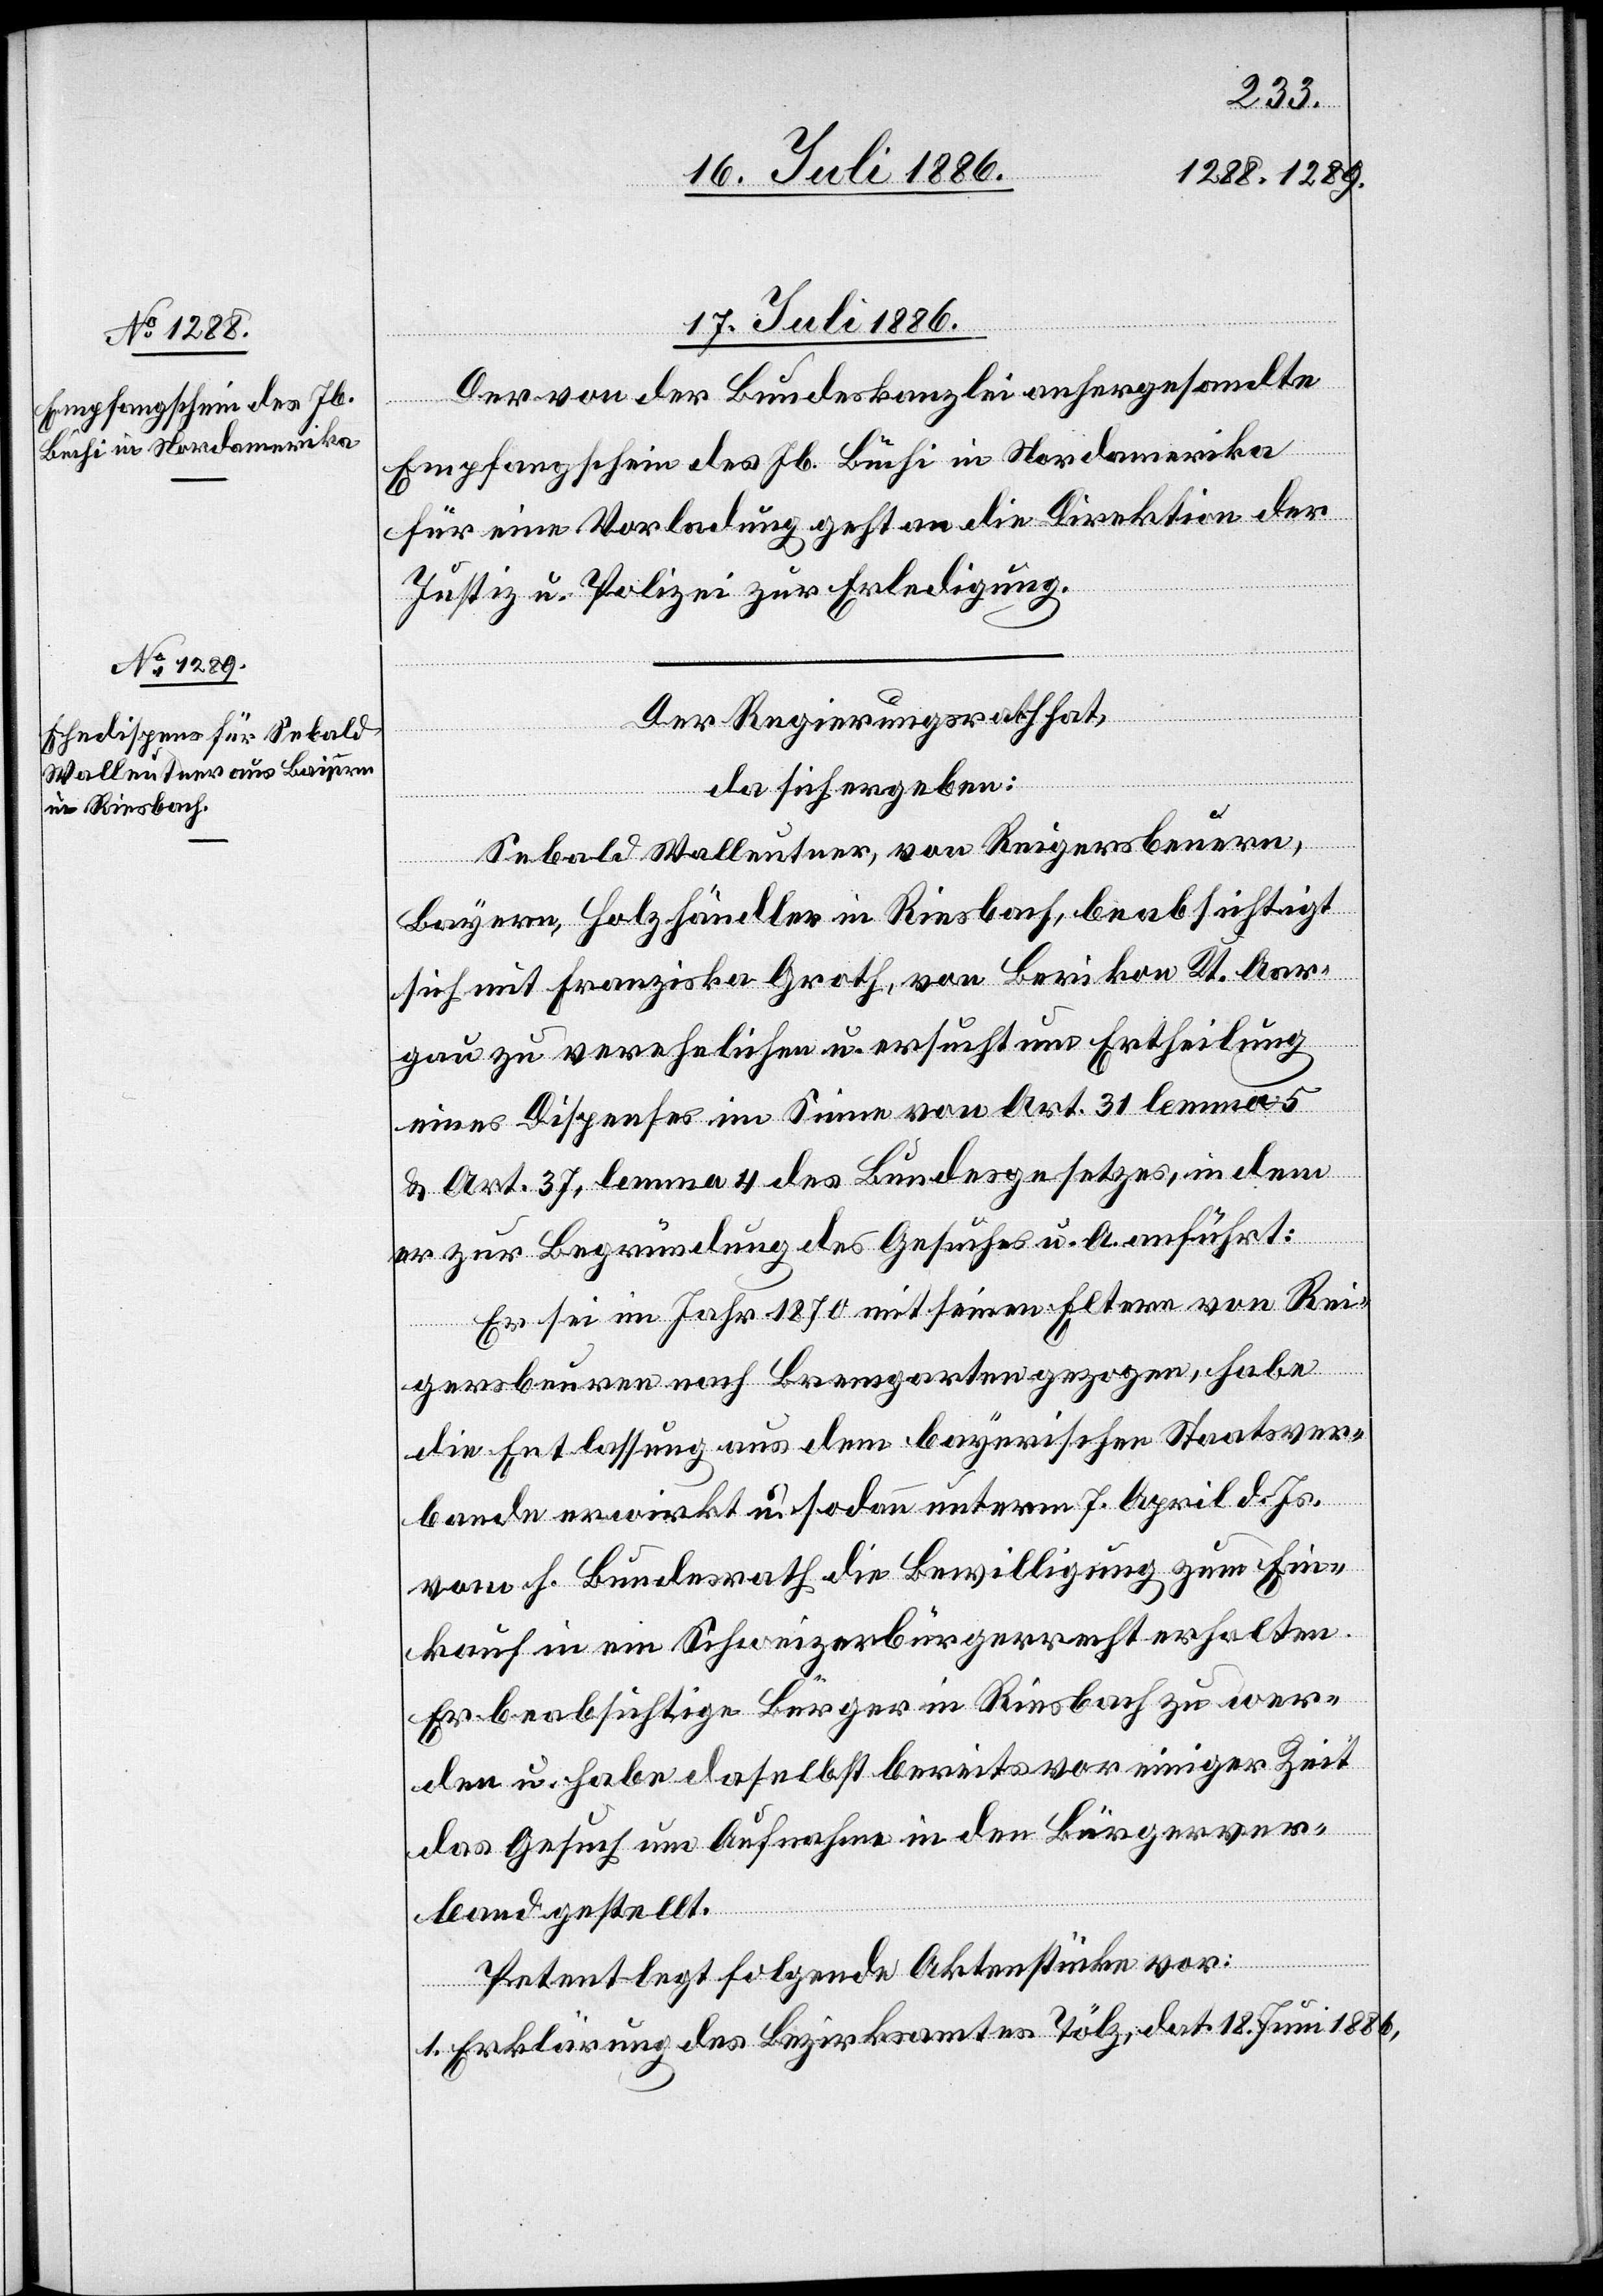
17. Juli 1886.]
Der von der Bundeskanzlei anhergesandte
Empfangschein des Jb. Büchi in Nordamerika
für eine Vorladung geht an die Direktion der
Justiz u. Polizei zur Erledigung.
Der Regierungsrath hat,
da sich ergeben:
Sebald Walleutner, von Reigersbeuern,
[sic!], Holzhändler in Riesbach, beabsichtigt
sich mit Franziska Groth, von Berikon Kt. Aar¬
gau zu verehelichen u. ersucht um Ertheilung
eines Dispenses im Sinne von Art. 31 lemma 5
& Art. 37, lemma 4 des Bundesgesetzes, indem
er zur Begründung des Gesuches u. A. anführt:
Er sei im Jahr 1870 mit seinen Eltern von Rei¬
Bayern
gersbeuern nach Bremgarten gezogen, habe
die Entlassung aus dem bayerischen Staatsver¬
bande erwirkt u. sodann unterm 7. April d. Js.
vom h. Bundesrath die Bewilligung zum Ein¬
kauf in ein Schweizerbürgerrecht erhalten.
Er beabsichtige Bürger in Riesbach zu wer¬
den u. habe daselbst bereits vor einiger Zeit
das Gesuch um Aufnahme in den Bürgerver¬
band gestellt.
Petent legt folgende Aktenstücke vor:
1. Erklärung des Bezirksamtes Tölz, dat. 18. Juni 1886,